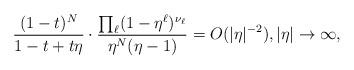
LaTeX: \begin{align*}\frac{(1-t)^N}{1-t+t\eta}\cdot\frac{\prod_{\ell}(1-\eta^{\ell})^{\nu_{\ell}}}{\eta^N(\eta-1)}=O(|\eta|^{-2}),|\eta|\to\infty,\end{align*}